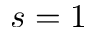
s = 1